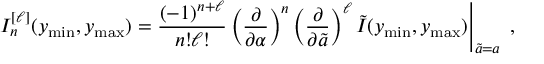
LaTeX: I _ { n } ^ { [ \ell ] } ( y _ { \mathrm { m i n } } , y _ { \mathrm { m a x } } ) \left. = { \frac { ( - 1 ) ^ { n + \ell } } { n ! \ell ! } } \left( \frac { \partial } { \partial \alpha } \right) ^ { n } \left( \frac { \partial } { \partial \tilde { a } } \right) ^ { \ell } \tilde { I } ( y _ { \mathrm { m i n } } , y _ { \mathrm { m a x } } ) \right| _ { \tilde { a } = a } \; ,